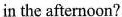
in the afternoon?